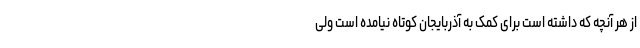
از هر آنچه که داشته است برای کمک به آذربایجان کوتاه نیامده است ولی